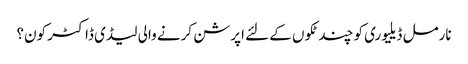
نارمل ڈیلیوری کو چند ٹکوں کے لئے اپرشن کرنے والی لیڈی ڈاکٹر کون؟